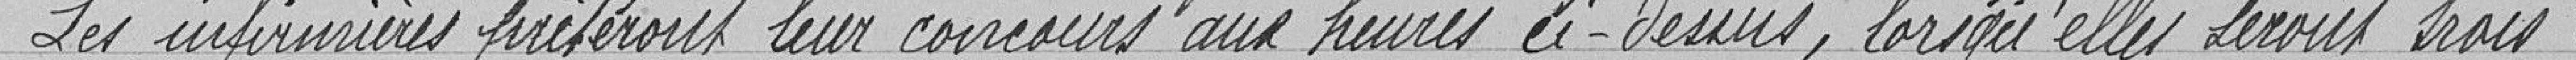
Les infirmières prêteront leurs concours aux heures ci-dessus, lorsqu'elles seront trois :